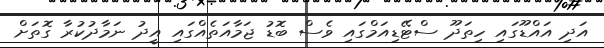
އަދި އައްޑޫގައި ހިތަދޫ ސްޓޭޑިއަމްގައި ވެސް ބޮޑު ޖަމާއަތެއްގައި އީދު ނަމާދުކުރާ ގޮތަށް